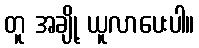
တူ အချို့ ယူလာပေးပါ။